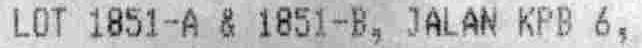
LOT 1851-A & 1851-B, JALAN KPB 6,